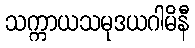
သက္ကာယသမုဒယဂါမိနီ